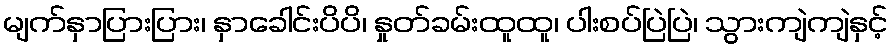
မျက်နှာပြားပြား၊ နှာခေါင်းပိပိ၊ နှုတ်ခမ်းထူထူ၊ ပါးစပ်ပြဲပြဲ၊ သွားကျဲကျဲနှင့်